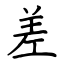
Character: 差